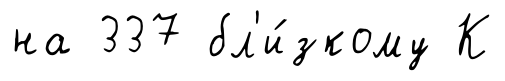
на 337 бл'и́зкому К